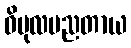
ဝိပုလပညတာယ